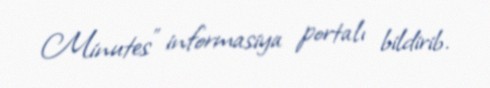
Minutes” informasiya portalı bildirib.